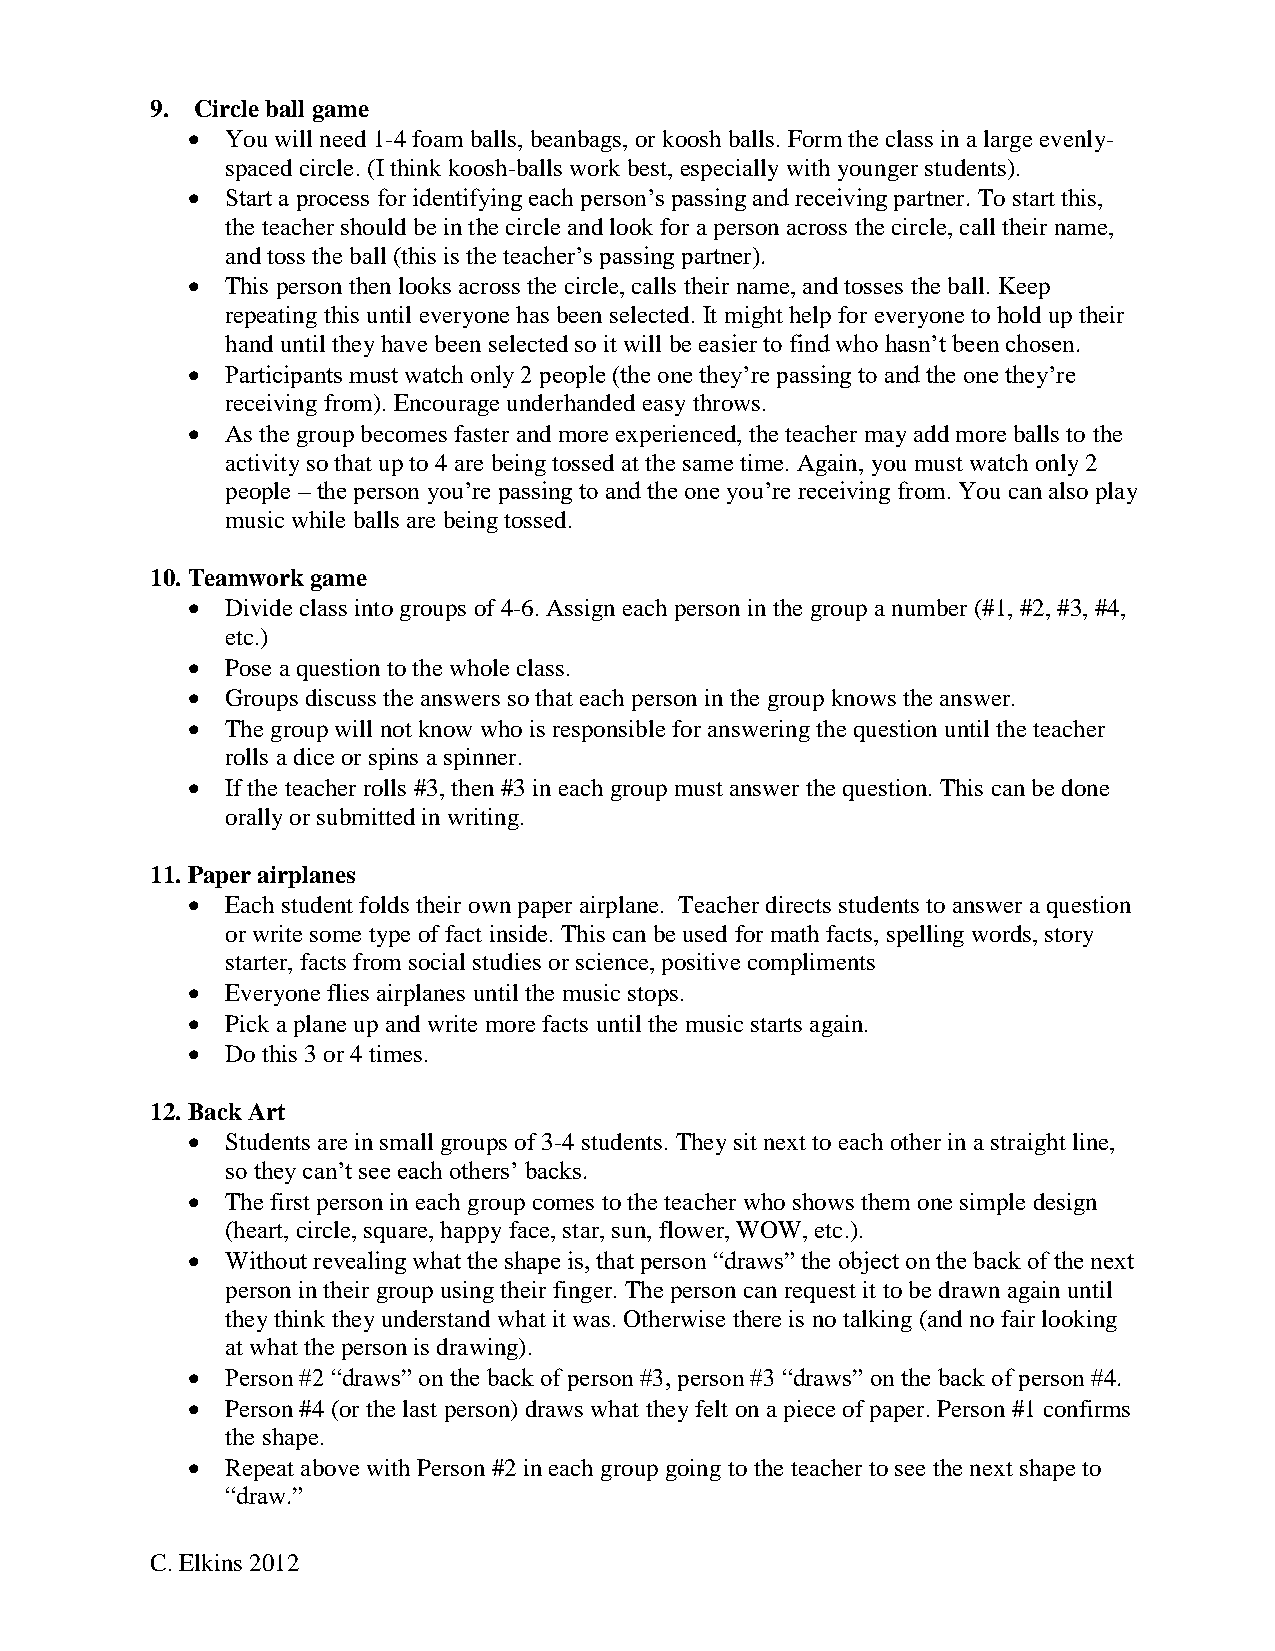
9. Circle ball game
   You will need 1-4 foam balls, beanbags, or koosh balls. Form the class in a large evenly-
 spaced circle. (I think koosh-balls work best, especially with younger students).
   Start a process for identifying each person’s passing and receiving partner. To start this,
 the teacher should be in the circle and look for a person across the circle, call their name,
 and toss the ball (this is the teacher’s passing partner).
   This person then looks across the circle, calls their name, and tosses the ball. Keep
 repeating this until everyone has been selected. It might help for everyone to hold up their
 hand until they have been selected so it will be easier to find who hasn’t been chosen.
   Participants must watch only 2 people (the one they’re passing to and the one they’re
 receiving from). Encourage underhanded easy throws.
   As the group becomes faster and more experienced, the teacher may add more balls to the
 activity so that up to 4 are being tossed at the same time. Again, you must watch only 2
 people – the person you’re passing to and the one you’re receiving from. You can also play
 music while balls are being tossed.
 10. Teamwork game
   Divide class into groups of 4-6. Assign each person in the group a number (#1, #2, #3, #4,
 etc.)
   Pose a question to the whole class.
   Groups discuss the answers so that each person in the group knows the answer.
   The group will not know who is responsible for answering the question until the teacher
 rolls a dice or spins a spinner.
   If the teacher rolls #3, then #3 in each group must answer the question. This can be done
 orally or submitted in writing.
 11. Paper airplanes
   Each student folds their own paper airplane. Teacher directs students to answer a question
 or write some type of fact inside. This can be used for math facts, spelling words, story
 starter, facts from social studies or science, positive compliments
   Everyone flies airplanes until the music stops.
   Pick a plane up and write more facts until the music starts again.
   Do this 3 or 4 times.
 12. Back Art
   Students are in small groups of 3-4 students. They sit next to each other in a straight line,
 so they can’t see each others’ backs.
   The first person in each group comes to the teacher who shows them one simple design
 (heart, circle, square, happy face, star, sun, flower, WOW, etc.).
   Without revealing what the shape is, that person “draws” the object on the back of the next
 person in their group using their finger. The person can request it to be drawn again until
 they think they understand what it was. Otherwise there is no talking (and no fair looking
 at what the person is drawing).
   Person #2 “draws” on the back of person #3, person #3 “draws” on the back of person #4.
   Person #4 (or the last person) draws what they felt on a piece of paper. Person #1 confirms
 the shape.
   Repeat above with Person #2 in each group going to the teacher to see the next shape to
 “draw.”
 C. Elkins 2012